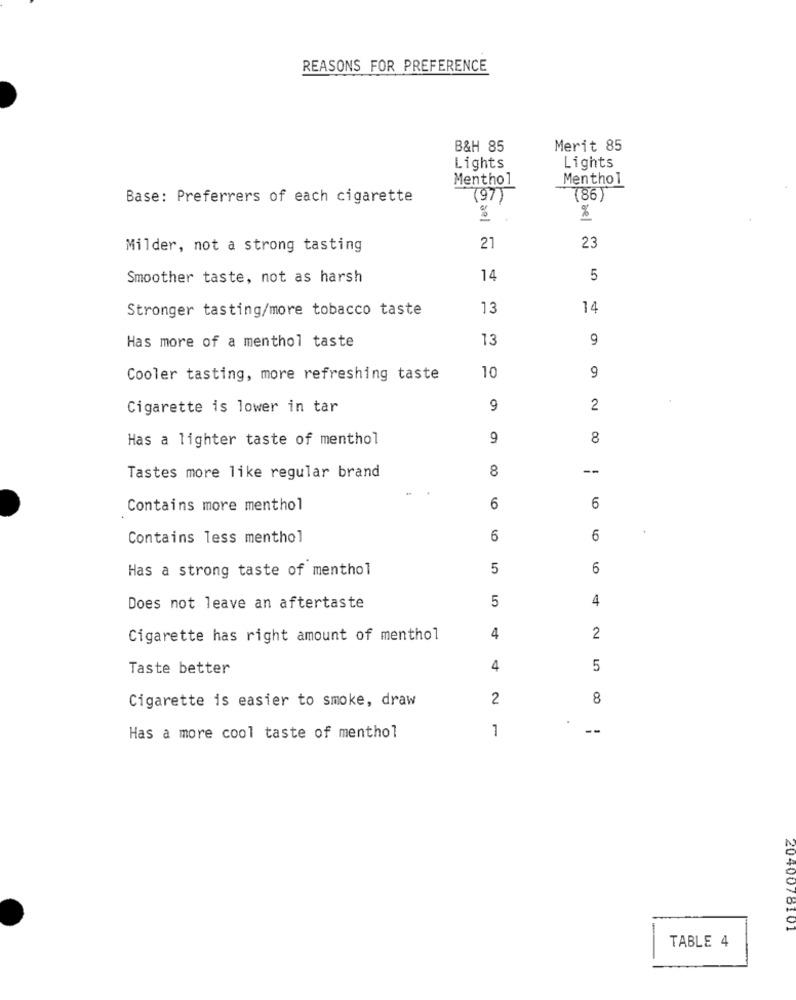
REASONS FOR PREFERENCE
B&H 85
Merit 85
Lights
Lights
Menthol
Menthol
Base: Preferrers of each cigarette
(97)
(86)
.
%
21
23
Milder, not a strong tasting
Smoother taste, not as harsh
14
5
Stronger tasting/more tobacco taste
13
14
13
9
Has more of a menthol taste
9
Cooler tasting, more refreshing taste
10
Cigarette is lower in tar
9
2
Has a lighter taste of menthol
9
8
8
--
Tastes more like regular brand
Contains more menthol
6
6
Contains less menthol
6
6
Has a strong taste of menthol
5
6
5
4
Does not leave an aftertaste
Cigarette has right amount of menthol
4
2
Taste better
4
5
2
8
Cigarette is easier to smoke, draw
1
--
Has a more cool taste of menthol
2040076101
TABLE 4